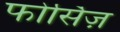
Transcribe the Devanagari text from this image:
फोर्सिज़